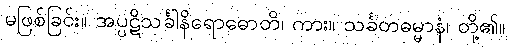
မဖြစ်ခြင်း။ အပ္ပဋိသင်္ခါနိရောဓောတိ၊ ကား။ သင်္ခတဓမ္မာနံ၊ တို့၏။